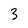
Character: 3